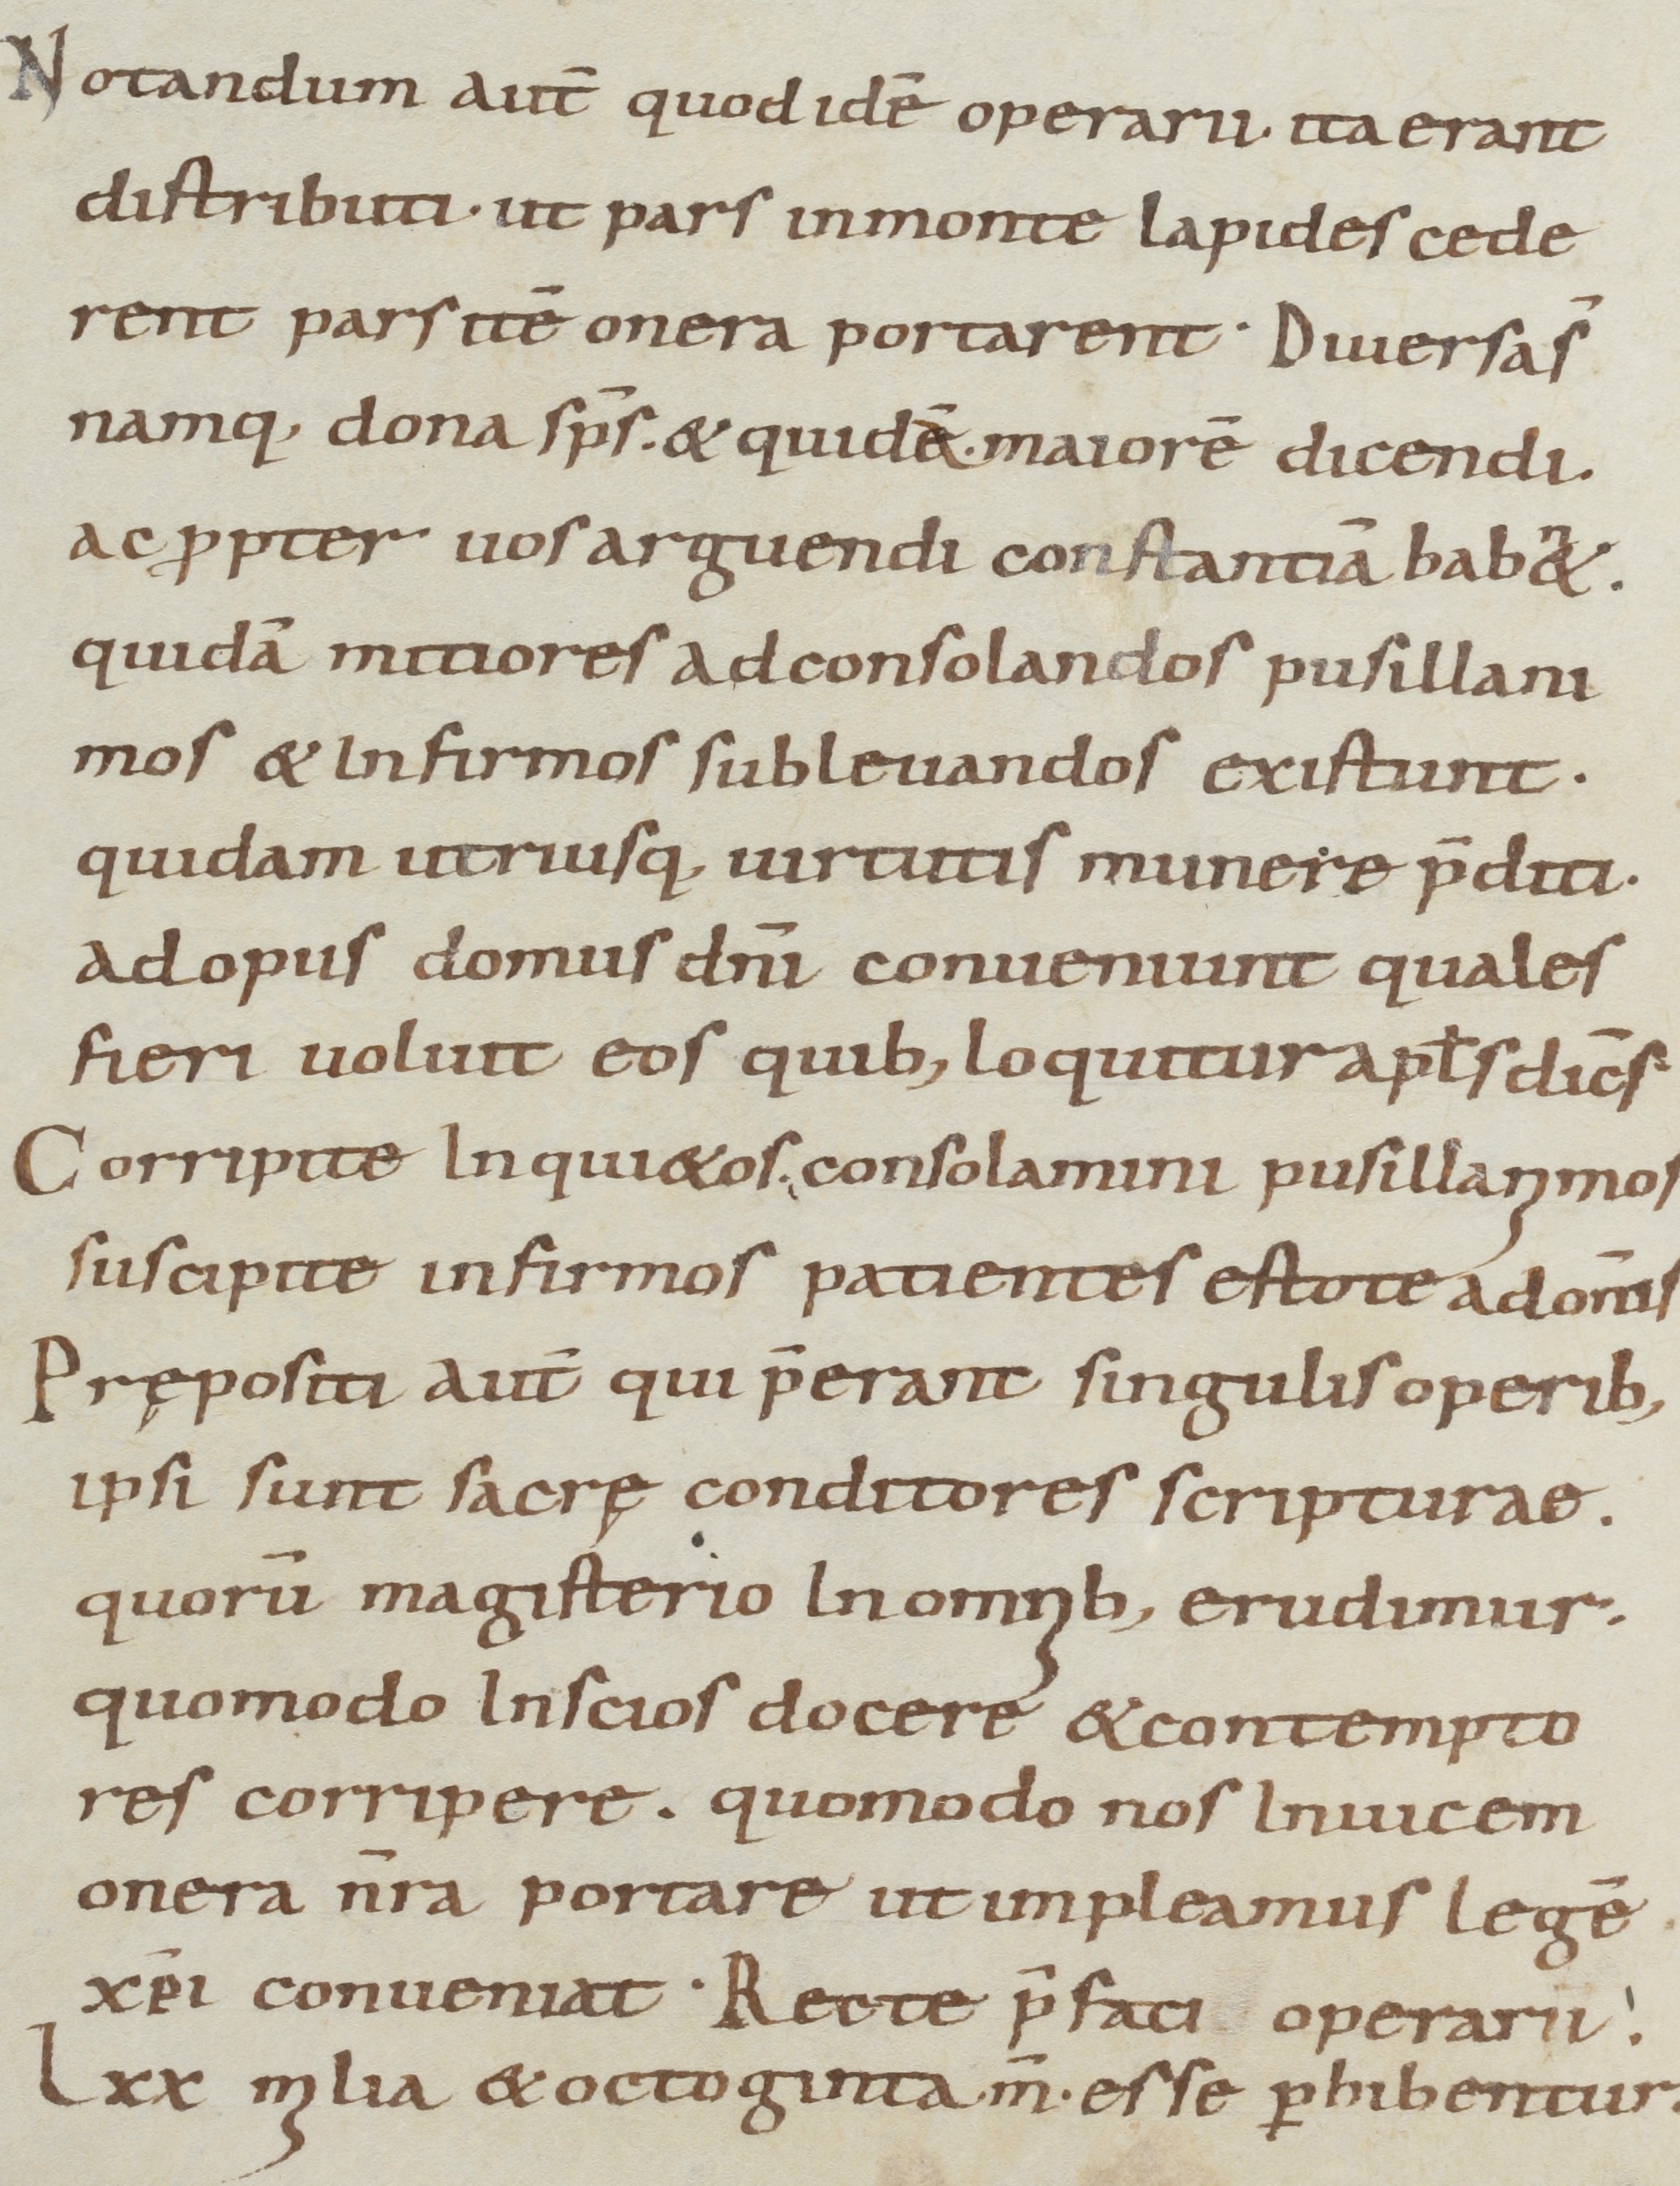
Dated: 800–899